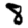
Digit: 8